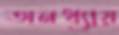
অনধ্যায়